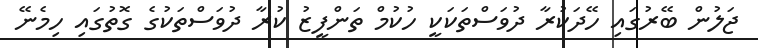
ޖަލުން ބޭރުގައި ހޭދަކުރާ ދުވަސްތަކަކީ ހުކުމް ތަންފީޒު ކުރާ ދުވަސްތަކުގެ ގޮތުގައި ހިމެނޭ